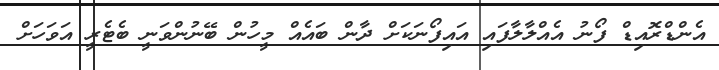
އެންޑްރޮއިޑް ފޯނު އެއްލާލާފައި އައިފޯނަކަށް ދާން ބައެއް މީހުން ބޭނުންވަނީ ބެޓެރީ އަވަހަށް